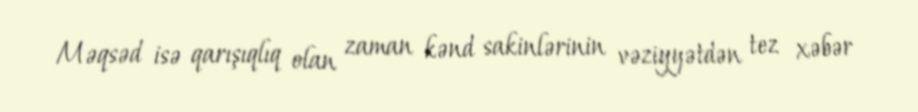
Məqsəd isə qarışıqlıq olan zaman kənd sakinlərinin vəziyyətdən tez xəbər